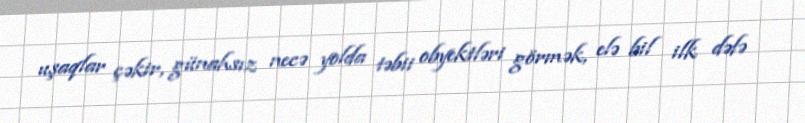
uşaqlar çəkir, günahsız necə yolda təbii obyektləri görmək, elə bil ilk dəfə